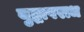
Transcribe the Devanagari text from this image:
युद्धापराध